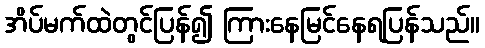
အိပ်မက်ထဲတွင်ပြန်၍ ကြားနေမြင်နေရပြန်သည်။